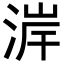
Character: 𪶐